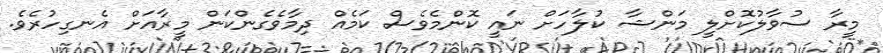
މީރާ ސުވާލުކޮށްލީ މަންޝާ ކުލާހަށް ނައީ ކޮންމެވެސް ކަމެއް ދިމާވެގެންކަން މީރާއަށް އެނގިހުރެވެ.